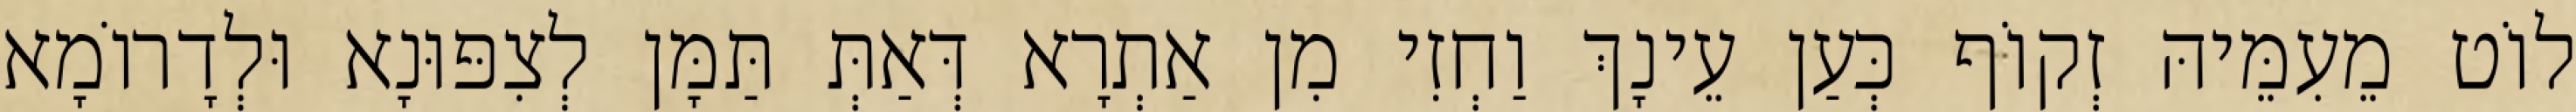
לוֹט מֵעִמֵּיהּ זְקוֹף כְּעַן עֵינָךְ וַחְזִי מִן אַתְרָא דְּאַתְּ תַּמָּן לְצִפּוּנָא וּלְדָרוֹמָא